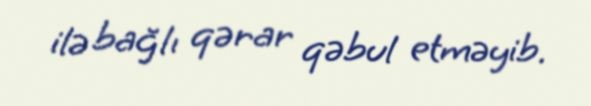
ilə bağlı qərar qəbul etməyib.